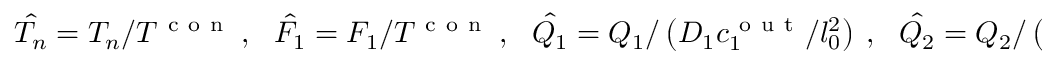
\hat { T _ { n } } = T _ { n } / T ^ { \mathrm { ~ c ~ o ~ n ~ } } ~ , ~ ~ ~ \hat { F _ { 1 } } = F _ { 1 } / T ^ { \mathrm { ~ c ~ o ~ n ~ } } ~ , ~ ~ ~ \hat { Q _ { 1 } } = Q _ { 1 } / \left( D _ { 1 } c _ { 1 } ^ { \mathrm { ~ o ~ u ~ t ~ } } / l _ { 0 } ^ { 2 } \right) ~ , ~ ~ ~ \hat { Q _ { 2 } } = Q _ { 2 } / \left( D _ { 2 } c _ { 2 } ^ { \mathrm { ~ o ~ u ~ t ~ } } / l _ { 0 } ^ { 2 } \right) ,